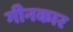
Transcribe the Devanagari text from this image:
गीनकार